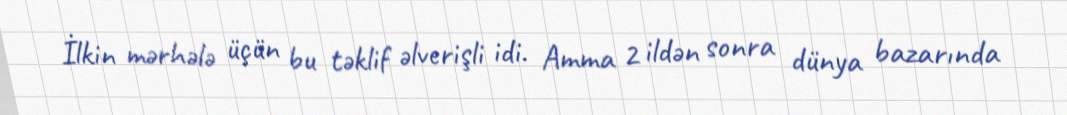
İlkin mərhələ üçün bu təklif əlverişli idi. Amma 2 ildən sonra dünya bazarında